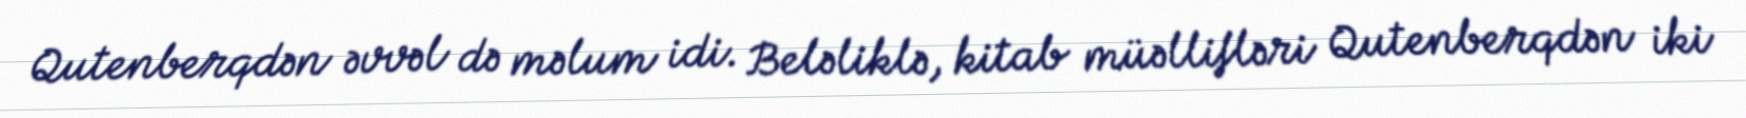
Qutenberqdən əvvəl də məlum idi. Beləliklə, kitab müəllifləri Qutenberqdən iki